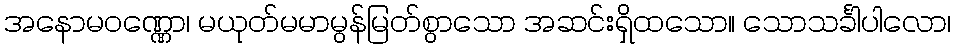
အနောမဝဏ္ဏော၊ မယုတ်မမာမွန်မြတ်စွာသော အဆင်းရှိထသော။ သောသင်္ခါပါလော၊